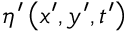
\eta ^ { \prime } \left( x ^ { \prime } , y ^ { \prime } , t ^ { \prime } \right)